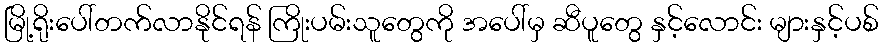
မြို့ရိုးပေါ်တက်လာနိုင်ရန် ကြိုးပမ်းသူတွေကို အပေါ်မှ ဆီပူတွေ နှင့်လောင်း များနှင့်ပစ်